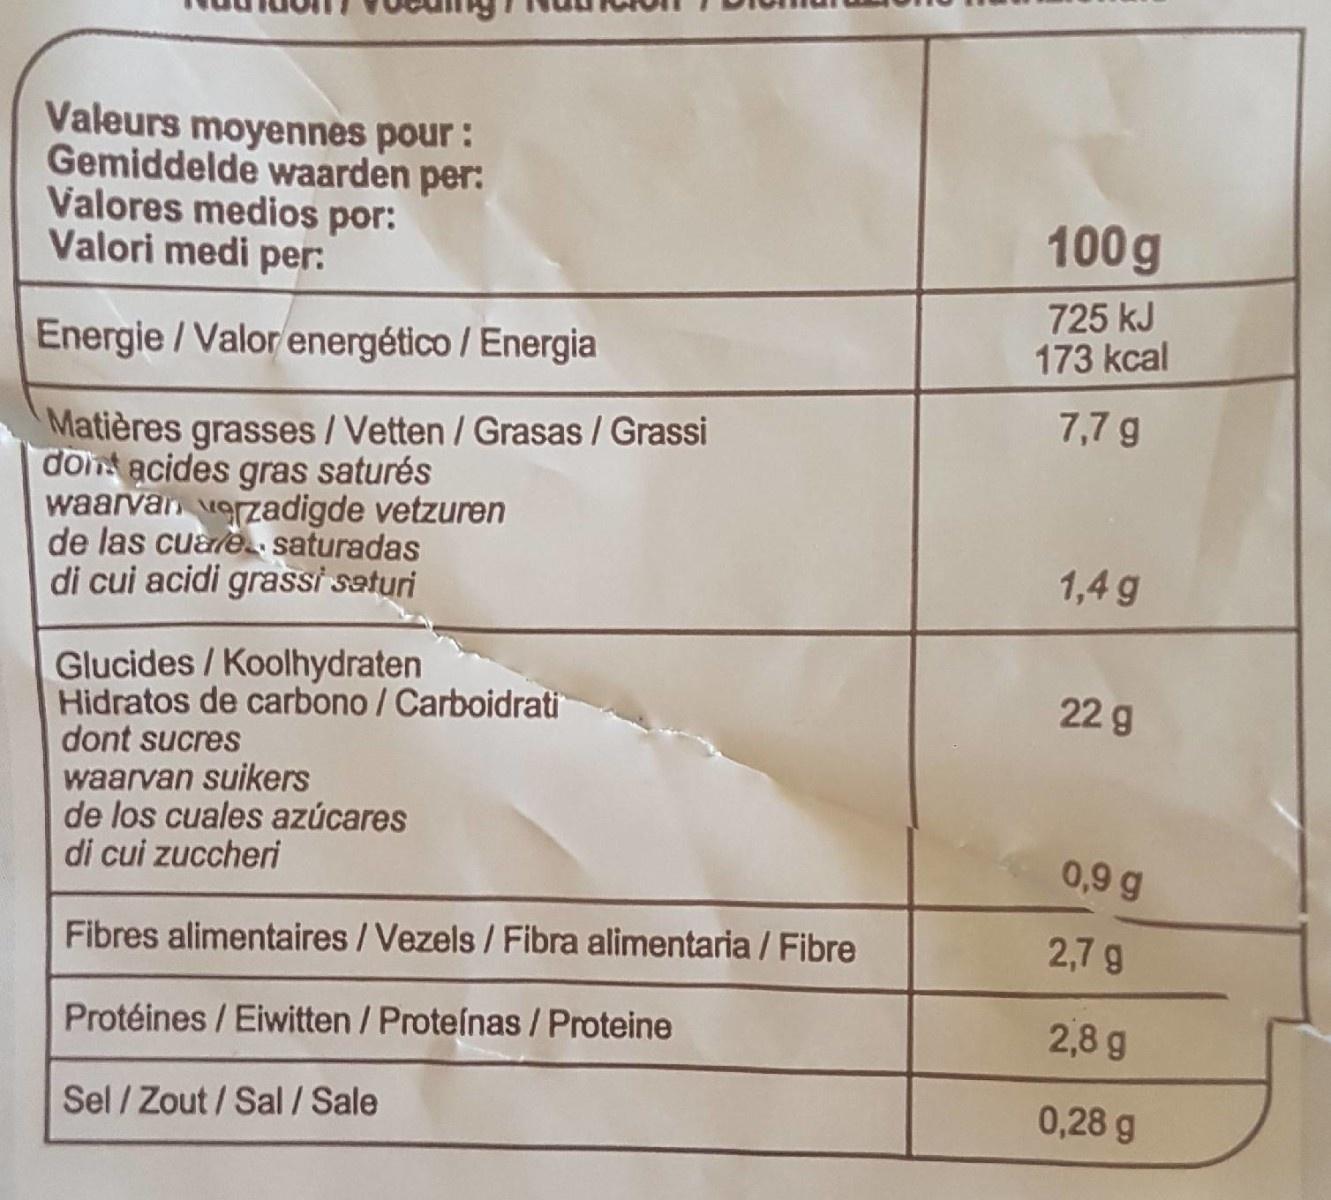
Valeurs moyennes pour: Gemiddelde waarden per: Valores medios por: Valori medi per:
100g
725 kJ 173 kcal
Energie/Valor energético / Energia
7,7 g
Matières grasses /Vetten / Grasas / Grassi dont acides gras saturés waarvan erzadigde vetzuren de las cuale. saturadas di cui acidi grassi saturi
1,4 g
Glucides /Koolhydraten Hidratos de carbono / Carboidrati dont sucres waarvan suikers de los cuales azúcares di cui zuccheri
22g
0,9 g
Fibres alimentaires /Vezels / Fibra alimentaria / Fibre
2,7 g
Protéines / Eiwitten / Proteínas/Proteine
2,8 g
Sel / Zout / Sal/Sale
0,28 g